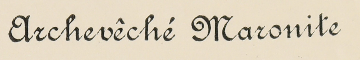
Archevêché Maronite